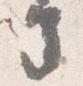
寺